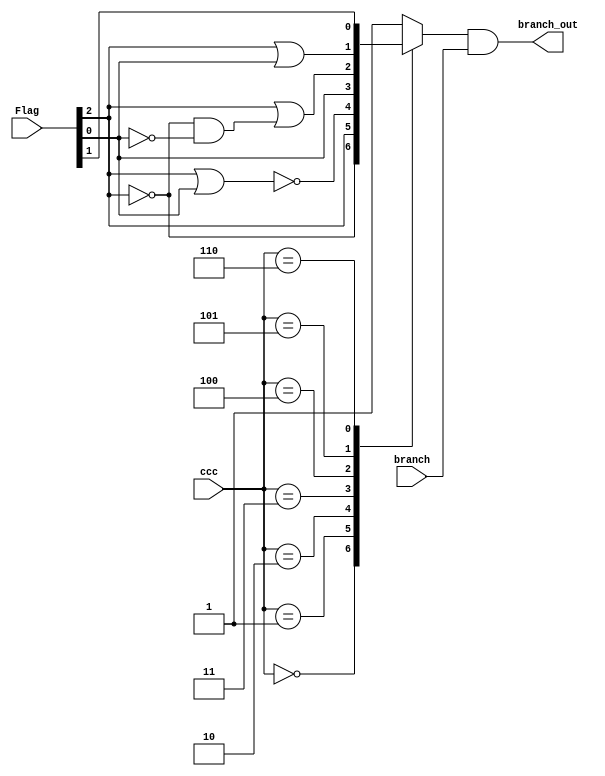
module BranchMux(
    input wire branch,
    input wire [2:0] ccc,
    input [2:0] Flag,
    output wire branch_out
);
    reg temp;

    // Flag[2] = Z Flag[1] = V Flag[0] = N 
    always @(ccc, Flag) begin
        case (ccc)
            3'b000: temp = ~Flag[2];
            3'b001: temp = Flag[2];
            3'b010: temp = ~(Flag[2] | Flag[0]);
            3'b011: temp = Flag[0];
            3'b100: temp = Flag[2] || (Flag[2] == 0 && Flag[0] == 0);
            3'b101: temp = Flag[2] || Flag[0];
            3'b110: temp = Flag[1];
            default: temp = 1;
        endcase
    end

    assign branch_out = temp & branch;
endmodule